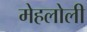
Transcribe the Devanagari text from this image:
मेहलोली